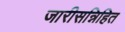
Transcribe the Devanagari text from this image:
जारीसन्निहित